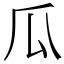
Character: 瓜